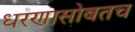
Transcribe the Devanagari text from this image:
धरणासोबतच